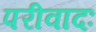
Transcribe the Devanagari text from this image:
परीवादः